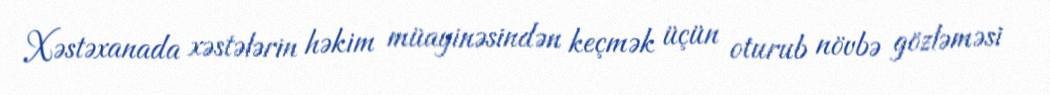
Xəstəxanada xəstələrin həkim müayinəsindən keçmək üçün oturub növbə gözləməsi